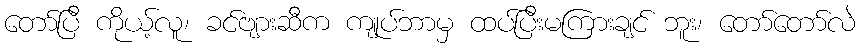
တော်ပြီ ကိုယ့်လူ၊ ခင်ဗျားဆီက ကျုပ်ဘာမှ ထပ်ပြီးမကြားချင် ဘူး၊ တော်တော်လဲ